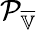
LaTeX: \mathcal{P}_{\overline{{\mathbb{V}}}}